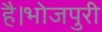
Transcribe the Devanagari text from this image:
है।भोजपुरी